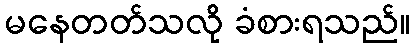
မနေတတ်သလို ခံစားရသည်။